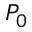
P _ { 0 }